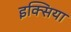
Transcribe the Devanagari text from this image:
इक्सिया